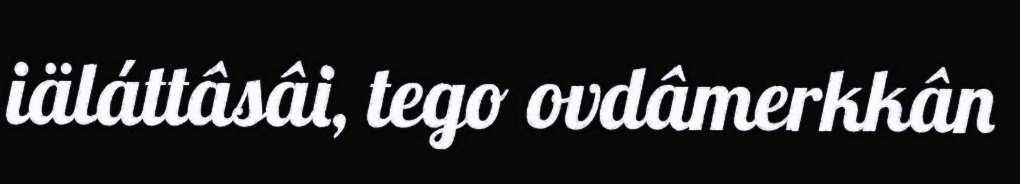
iäláttâsâi, tego ovdâmerkkân